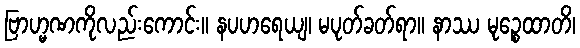
ဗြာဟ္မဏကိုလည်းကောင်း။ နပဟရေယျ၊ မပုတ်ခတ်ရာ။ နာဿ မုဉ္စေထာတိ၊